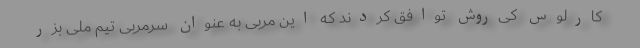
کارلوس کی‌روش توافق کردند که این مربی به عنوان سرمربی تیم ملی بزر